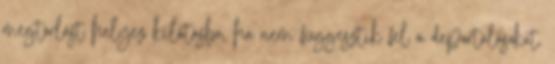
megtorlást helyez kilátásba, ha nem függesztik fel a deportálásokat.